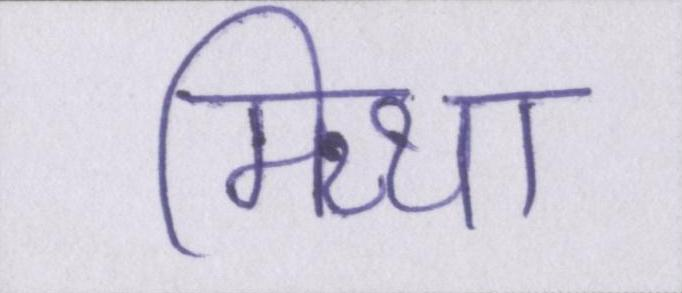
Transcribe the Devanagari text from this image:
मिथ्या